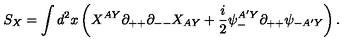
S _ { X } = \int d ^ { 2 } x \left( X ^ { A Y } \partial _ { + + } \partial _ { -- } X _ { A Y } + { \frac { i } { 2 } } \psi _ { - } ^ { A ^ { \prime } Y } \partial _ { + + } \psi _ { - A ^ { \prime } Y } \right) .